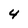
Character: 4